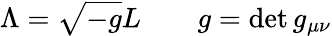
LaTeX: \Lambda=\sqrt{-g}L\qquad g=\operatorname*{det}g_{\mu\nu}